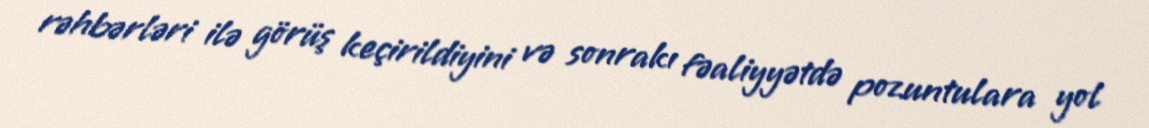
rəhbərləri ilə görüş keçirildiyini və sonrakı fəaliyyətdə pozuntulara yol